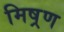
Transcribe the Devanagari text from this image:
मिष्रण